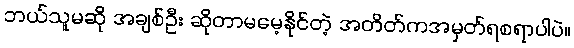
ဘယ်သူမဆို အချစ်ဦး ဆိုတာမမေ့နိုင်တဲ့ အတိတ်ကအမှတ်ရစရာပါပဲ။